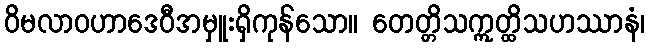
ဝိမလာဝဟာဒေဝီအမှူးရှိကုန်သော။ တေတ္တိသဣတ္ထိသဟဿာနံ၊